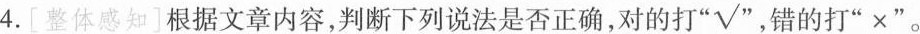
4.[整体感知]根据文章内容，判断下列说法是否正确，对的打“√”，错的打”×”。